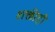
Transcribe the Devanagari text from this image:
शक्तीही